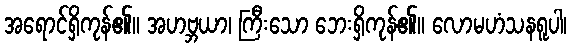
အရောင်ရှိကုန်၏။ အဟဗ္ဘယာ၊ ကြီးသော ဘေးရှိကုန်၏။ လောမဟံသနရူပါ၊